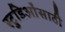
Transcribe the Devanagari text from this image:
स्टुडिओंसाठी